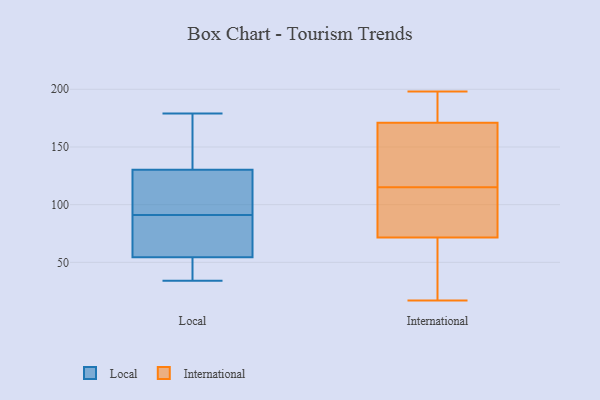
{"axis": {"x": "Churn Rate (%)", "y": "Value"}, "legend": ["International", "Local"], "data": [{"x": "", "y": 84, "type": "Local"}, {"x": "", "y": 96, "type": "Local"}, {"x": "", "y": 91, "type": "Local"}, {"x": "", "y": 38, "type": "Local"}, {"x": "", "y": 179, "type": "Local"}, {"x": "", "y": 101, "type": "Local"}, {"x": "", "y": 45, "type": "Local"}, {"x": "", "y": 83, "type": "Local"}, {"x": "", "y": 34, "type": "Local"}, {"x": "", "y": 42, "type": "Local"}, {"x": "", "y": 158, "type": "Local"}, {"x": "", "y": 101, "type": "Local"}, {"x": "", "y": 174, "type": "Local"}, {"x": "", "y": 140, "type": "Local"}, {"x": "", "y": 84, "type": "Local"}, {"x": "", "y": 82, "type": "International"}, {"x": "", "y": 35, "type": "International"}, {"x": "", "y": 125, "type": "International"}, {"x": "", "y": 22, "type": "International"}, {"x": "", "y": 182, "type": "International"}, {"x": "", "y": 198, "type": "International"}, {"x": "", "y": 136, "type": "International"}, {"x": "", "y": 63, "type": "International"}, {"x": "", "y": 71, "type": "International"}, {"x": "", "y": 174, "type": "International"}, {"x": "", "y": 106, "type": "International"}, {"x": "", "y": 162, "type": "International"}, {"x": "", "y": 149, "type": "International"}, {"x": "", "y": 115, "type": "International"}, {"x": "", "y": 114, "type": "International"}, {"x": "", "y": 17, "type": "International"}, {"x": "", "y": 182, "type": "International"}, {"x": "", "y": 178, "type": "International"}, {"x": "", "y": 73, "type": "International"}]}